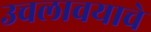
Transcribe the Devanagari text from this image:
उचलावयाचे